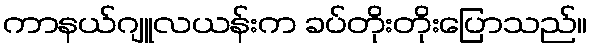
ကာနယ်ဂျူလယန်းက ခပ်တိုးတိုးပြောသည်။